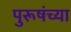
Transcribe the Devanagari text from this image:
पुरूषंच्या